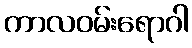
ကာလဝမ်းရောဂါ